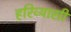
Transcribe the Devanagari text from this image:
हरिव्यासी